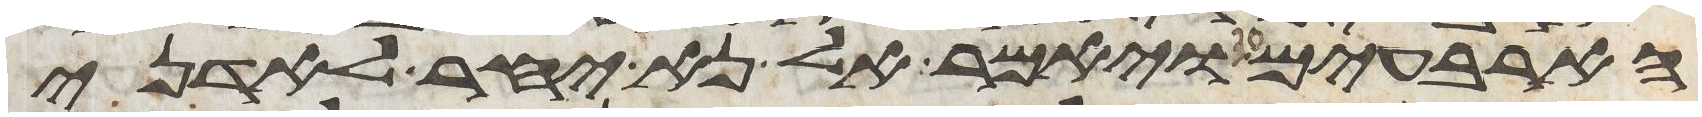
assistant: הארבעים ויאמר אל נא יחר לאדני